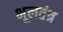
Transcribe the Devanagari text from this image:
भूलतंत्र